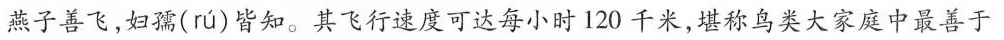
燕子善飞，妇孺( rú )皆知。其飞行速度可达每小时120千米，堪称鸟类大家庭中最善于